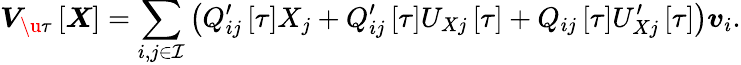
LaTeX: \boldsymbol{V}_{\u{\tau}}\left[\boldsymbol{X}\right]=\sum_{i,j\in\mathcal{I}}\left(Q_{ij}^{\prime}\left[\tau\right]X_{j}+Q_{ij}^{\prime}\left[\tau\right]U_{Xj}\left[\tau\right]+Q_{ij}\left[\tau\right]U_{Xj}^{\prime}\left[\tau\right]\right)\boldsymbol{v}_{i}.